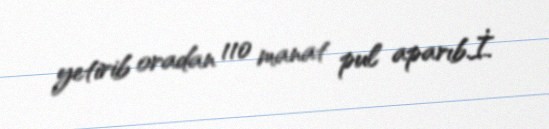
yetirib oradan 110 manat pul aparıb.İ.